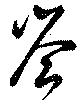
岑